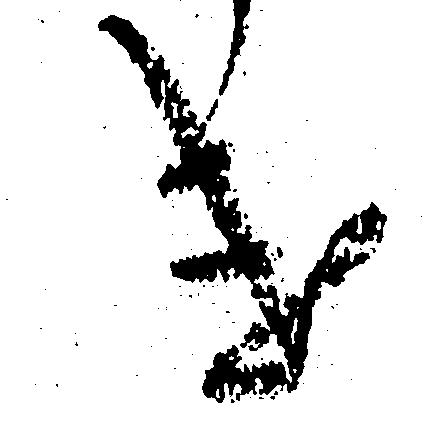
け